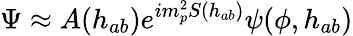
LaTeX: \Psi\approx A(h_{ab})e^{im_{p}^{2}S(h_{ab})}\psi(\phi,h_{ab})